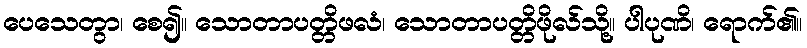
ပေသေတွာ၊ စေ၍။ သောတာပတ္တိဖလံ၊ သောတာပတ္တိဖိုလ်သို့။ ပါပုဏိ၊ ရောက်၏။